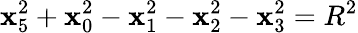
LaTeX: \mathbf{x}_{5}^{2}+\mathbf{x}_{0}^{2}-\mathbf{x}_{1}^{2}-\mathbf{x}_{2}^{2}-\mathbf{x}_{3}^{2}=R^{2}